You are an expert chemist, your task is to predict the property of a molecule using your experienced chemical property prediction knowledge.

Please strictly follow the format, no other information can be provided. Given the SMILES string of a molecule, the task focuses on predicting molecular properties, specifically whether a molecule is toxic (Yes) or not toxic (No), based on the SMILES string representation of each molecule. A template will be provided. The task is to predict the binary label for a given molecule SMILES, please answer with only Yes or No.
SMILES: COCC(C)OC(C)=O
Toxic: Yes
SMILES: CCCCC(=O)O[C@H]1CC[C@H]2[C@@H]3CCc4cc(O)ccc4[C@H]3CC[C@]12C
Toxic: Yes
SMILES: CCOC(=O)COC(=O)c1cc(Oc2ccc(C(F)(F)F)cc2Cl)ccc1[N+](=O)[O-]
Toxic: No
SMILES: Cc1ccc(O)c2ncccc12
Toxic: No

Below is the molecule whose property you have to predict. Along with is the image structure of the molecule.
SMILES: CN1C(C(=O)Nc2ccccn2)=C(O)c2sccc2S1(=O)=O
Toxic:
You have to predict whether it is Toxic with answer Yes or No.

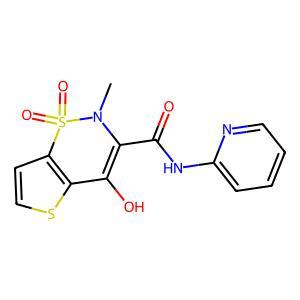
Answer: No